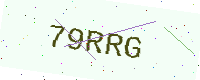
Text: 79RRG